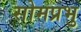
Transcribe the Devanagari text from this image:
सोमप्रभु